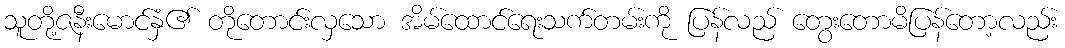
သူတို့ဇနီးမောင်နှံ၏ တိုတောင်းလှသော အိမ်ထောင်ရေးသက်တမ်းကို ပြန်လည် တွေးတောမိပြန်တော့လည်း